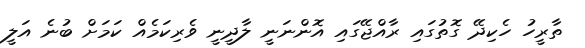
ތާރީހު ހެކިދޭ ގޮތުގައި ރާއްޖޭގައި އޮންނަނީ ލާދީނީ ވެރިކަމެއް ކަމަށް ބުނެ އަލީ